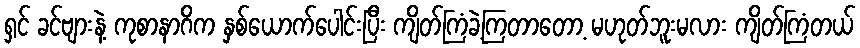
ရှင် ခင်ဗျားနဲ့ ကုစာနာဂိက နှစ်ယောက်ပေါင်းပြီး ကျိတ်ကြံခဲ့ကြတာတော့ မဟုတ်ဘူးမလား ကျိတ်ကြံတယ်